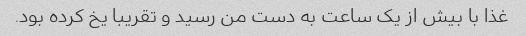
غذا با بیش از یک ساعت به دست من رسید و تقریبا یخ کرده بود.